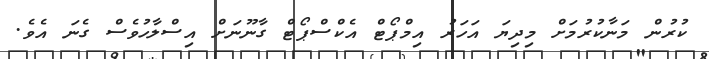
ކުރުން މަނާކުރުމަށް މިދިޔަ އަހަރު އިމްޕޯޓް އެކްސްޕޯޓް ގާނޫނަށް އިސްލާހުވެސް ގެނަ އެވެ.